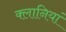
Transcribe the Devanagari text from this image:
क्लानियां